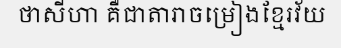
ថាសីហា គឺជាតារាចម្រៀងខ្មែរវ័យ